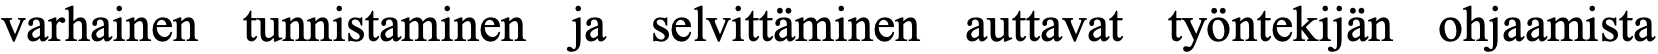
varhainen tunnistaminen ja selvittäminen auttavat työntekijän ohjaamista